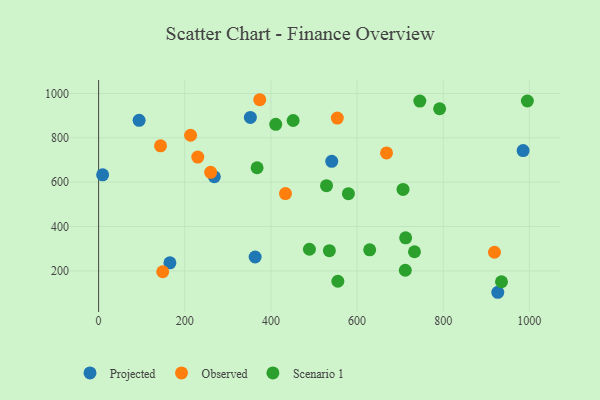
{"axis": {"x": "Engine Size", "y": "Yield"}, "legend": ["Observed", "Projected", "Scenario 1"], "data": [{"x": "94.0", "y": 878.8, "type": "Projected"}, {"x": "268.6", "y": 624.4, "type": "Projected"}, {"x": "985.5", "y": 742.5, "type": "Projected"}, {"x": "165.5", "y": 236.6, "type": "Projected"}, {"x": "926.7", "y": 103.7, "type": "Projected"}, {"x": "363.4", "y": 262.7, "type": "Projected"}, {"x": "352.3", "y": 892.0, "type": "Projected"}, {"x": "541.2", "y": 693.9, "type": "Projected"}, {"x": "9.3", "y": 633.0, "type": "Projected"}, {"x": "433.8", "y": 548.7, "type": "Observed"}, {"x": "668.4", "y": 731.8, "type": "Observed"}, {"x": "554.1", "y": 888.8, "type": "Observed"}, {"x": "148.8", "y": 196.3, "type": "Observed"}, {"x": "213.5", "y": 811.5, "type": "Observed"}, {"x": "374.1", "y": 971.7, "type": "Observed"}, {"x": "260.1", "y": 644.6, "type": "Observed"}, {"x": "143.7", "y": 763.8, "type": "Observed"}, {"x": "230.2", "y": 713.1, "type": "Observed"}, {"x": "919.0", "y": 284.1, "type": "Observed"}, {"x": "489.4", "y": 297.6, "type": "Scenario 1"}, {"x": "451.6", "y": 878.1, "type": "Scenario 1"}, {"x": "733.3", "y": 286.3, "type": "Scenario 1"}, {"x": "629.3", "y": 295.0, "type": "Scenario 1"}, {"x": "995.4", "y": 965.9, "type": "Scenario 1"}, {"x": "535.7", "y": 291.2, "type": "Scenario 1"}, {"x": "555.4", "y": 153.5, "type": "Scenario 1"}, {"x": "745.7", "y": 965.5, "type": "Scenario 1"}, {"x": "367.9", "y": 665.1, "type": "Scenario 1"}, {"x": "935.3", "y": 151.1, "type": "Scenario 1"}, {"x": "791.7", "y": 931.0, "type": "Scenario 1"}, {"x": "529.1", "y": 584.1, "type": "Scenario 1"}, {"x": "411.2", "y": 861.0, "type": "Scenario 1"}, {"x": "579.9", "y": 548.4, "type": "Scenario 1"}, {"x": "712.8", "y": 349.0, "type": "Scenario 1"}, {"x": "706.7", "y": 567.5, "type": "Scenario 1"}, {"x": "712.0", "y": 202.9, "type": "Scenario 1"}]}